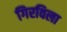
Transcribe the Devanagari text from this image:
गिरविला